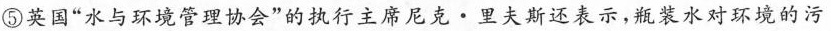
⑤英国“水与环境管理协会”的执行主席尼克·里夫斯还表示，瓶装水对环境的污